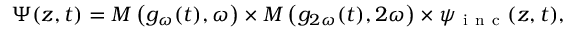
\Psi ( z , t ) = M \left( g _ { \omega } ( t ) , \omega \right) \times M \left( g _ { 2 \omega } ( t ) , 2 \omega \right) \times \psi _ { \mathrm { ~ i ~ n ~ c ~ } } ( z , t ) ,